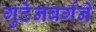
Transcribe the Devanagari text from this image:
गुटेनबर्गने